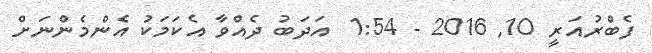
ފެބްރުއަރީ 10